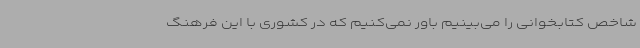
شاخص کتابخوانی را می‌بینیم باور نمی‌کنیم که در کشوری با این فرهنگ